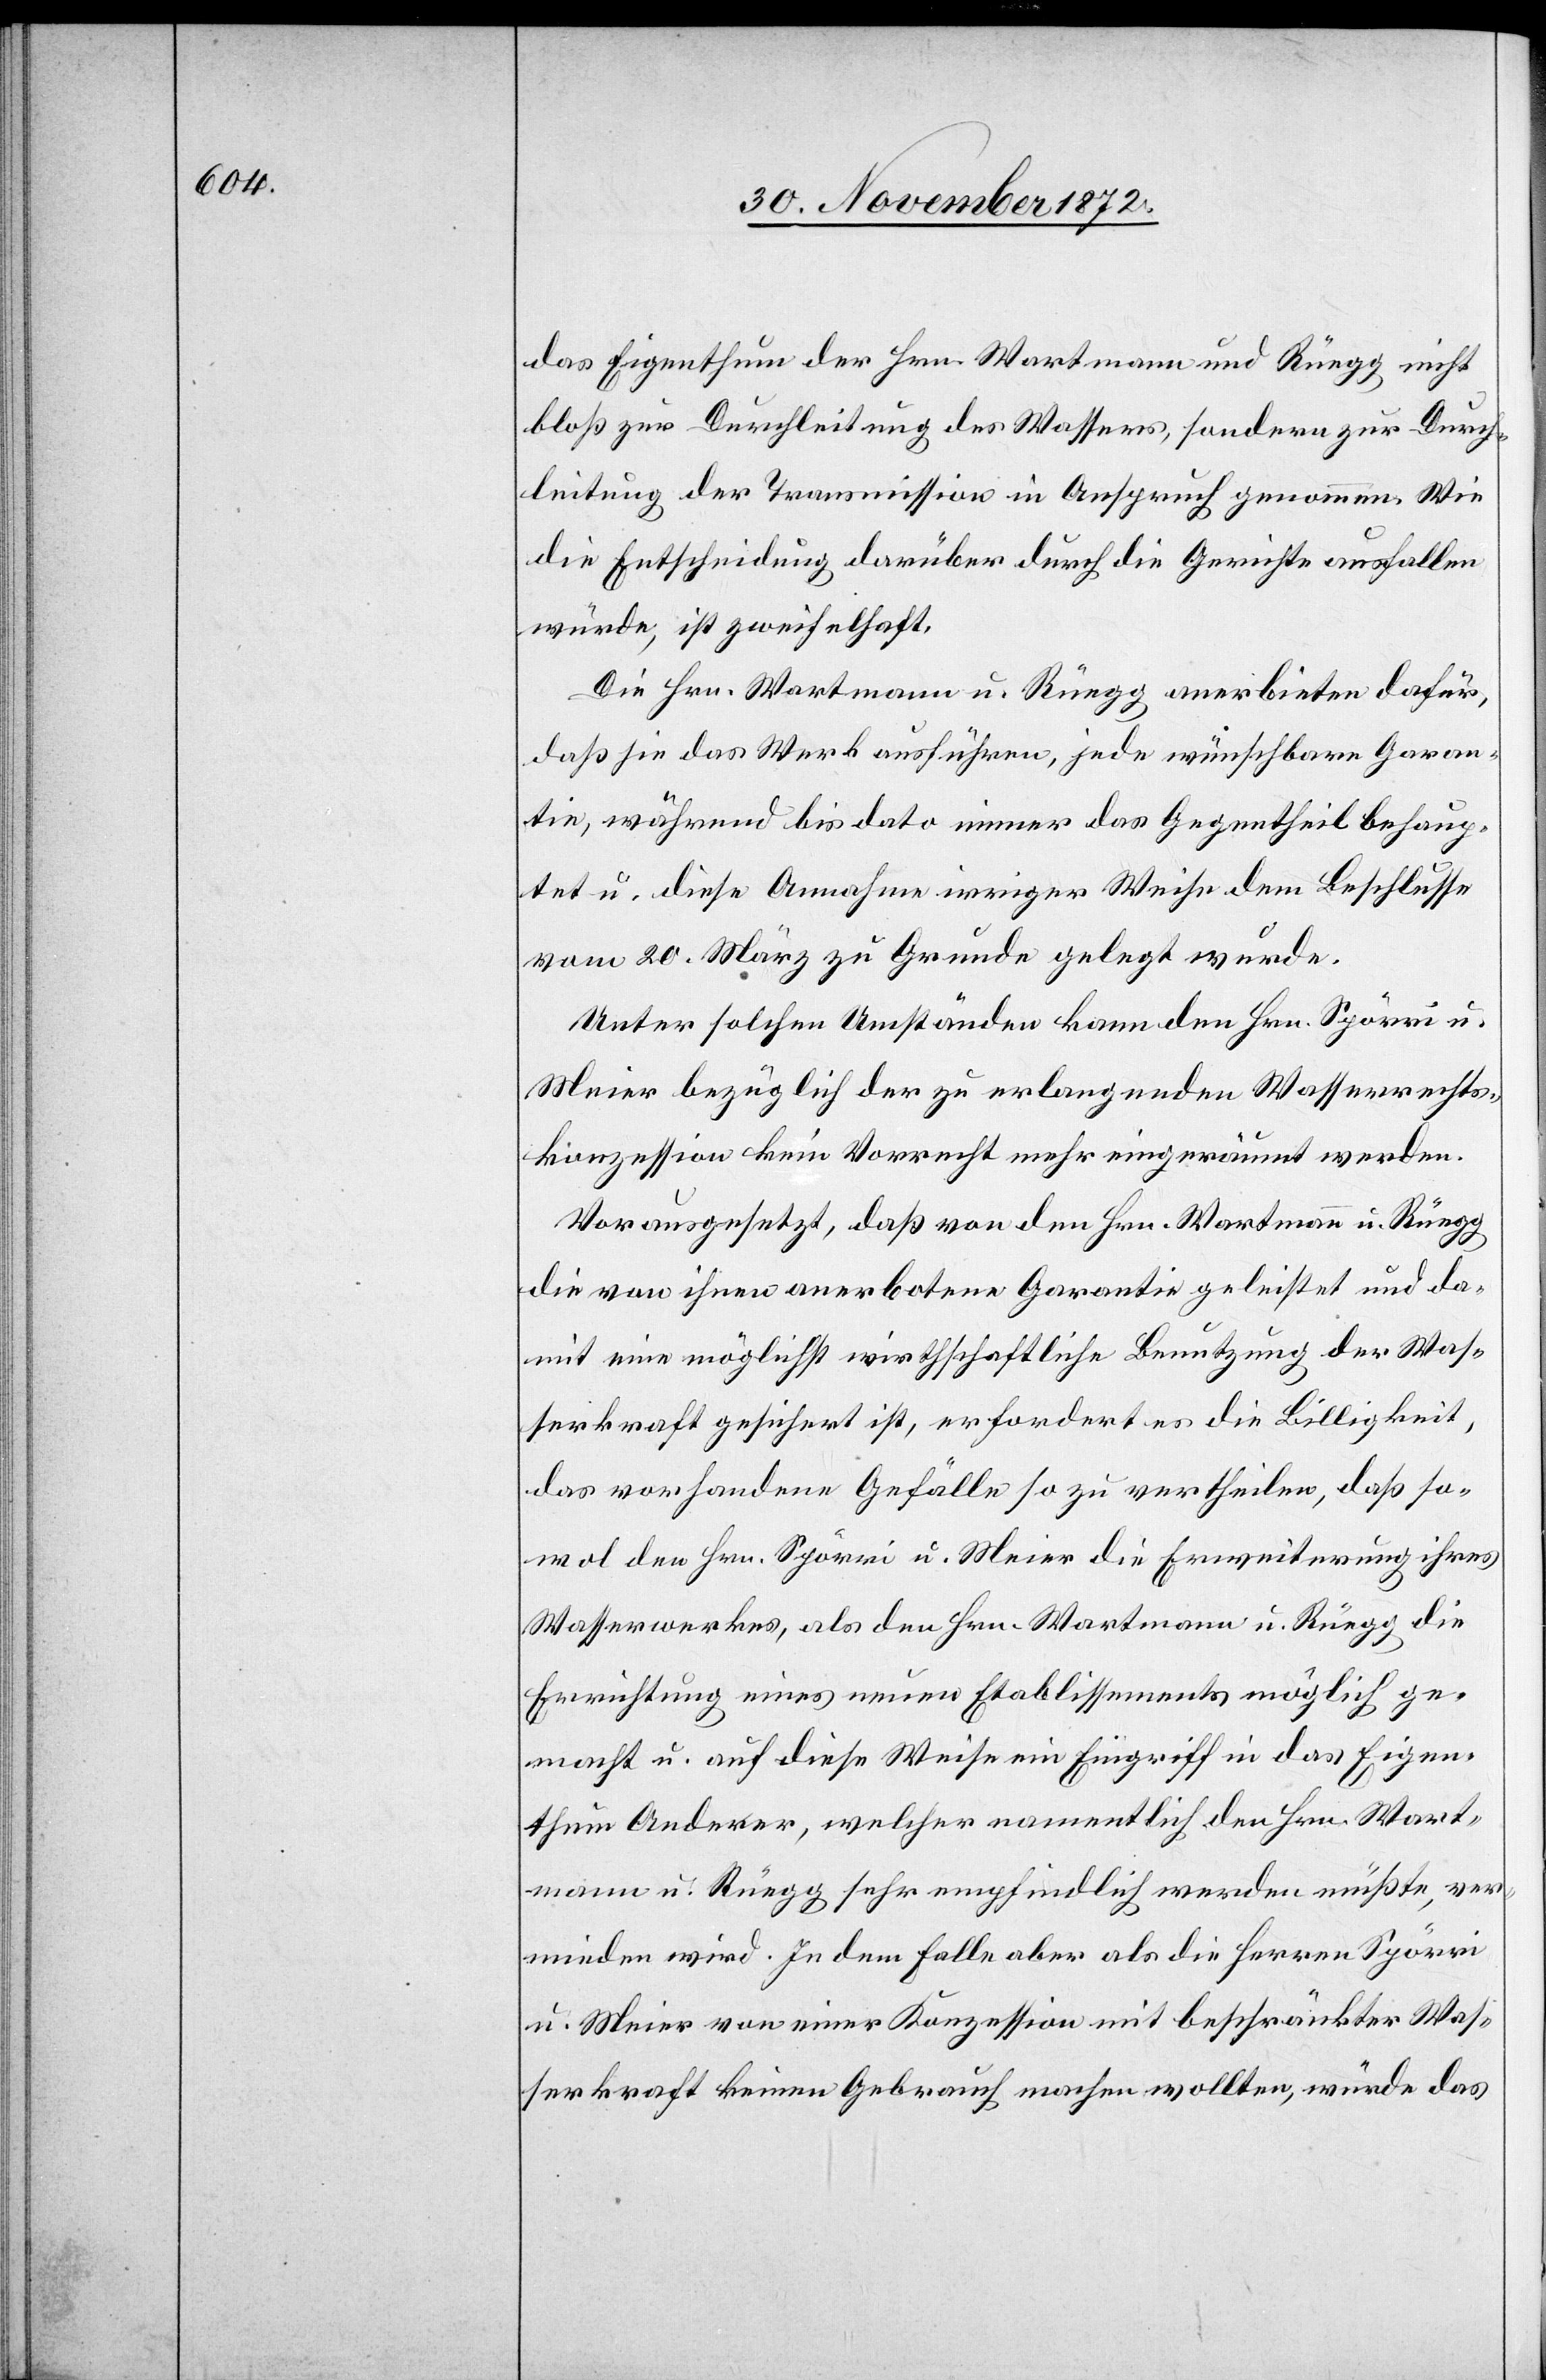
das Eigenthum der Hrn. Wartmann und Rüegg nicht
bloß zur Durchleitung des Wassers, sondern zur Durch¬
leitung der Transmission in Anspruch genommen. Wie
die Entscheidung darüber durch die Gerichte ausfallen
würde, ist zweifelhaft.
Die Hrn. Wartmann u. Rüegg anerbieten dafür,
daß sie das Werk ausführen, jede wünschbare Garan¬
tie, während bis dato immer das Gegentheil behaup¬
tet u. diese Annahme irriger Weise dem Beschlusse
vom 20. März zu Grunde gelegt wurde.
Unter solchen Umständen kann den Hrn. Spörri u.
Meier bezüglich der zu erlangenden Wasserrechts¬
konzession kein Vorrecht mehr eingeräumt werden.
Vorausgesetzt, daß von den Hrn. Wartmann u. Rüegg
die von ihnen anerbotene Garantie geleistet und da¬
mit eine möglichst wirthschaftliche Benutzung der Was¬
serkraft gesichert ist, erfordert es die Billigkeit,
das vorhandene Gefälle so zu vertheilen, daß so¬
wol den Hrn. Spörri u. Meier die Erweiterung ihres
Wasserwerkes, als den Hrn. Wartmann u. Rüegg die
Errichtung eines neuen Etablissements möglich ge¬
macht u. auf diese Weise ein Eingriff in das Eigen¬
thum Anderer, welcher namentlich den Hrn. Wart¬
mann u. Rüegg sehr empfindlich werden müßte, ver¬
mieden wird. In dem Falle aber als die Herren Spörri
u. Meier von einer Konzession mit beschränkter Was¬
serkraft keinen Gebrauch machen wollten, würde das